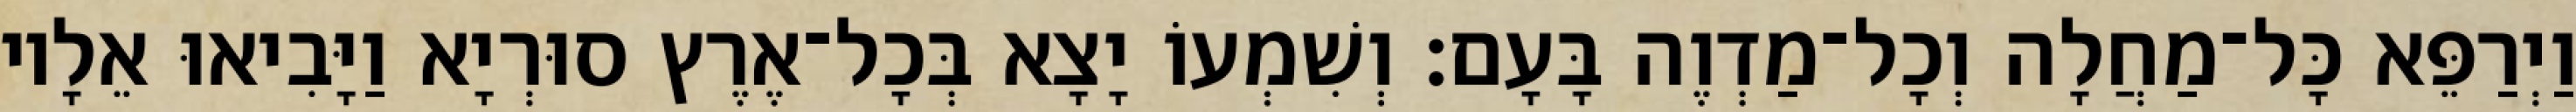
וַיְרַפֵּא כָּל־מַחֲלָה וְכָל־מַדְוֶה בָּעָם׃ וְשִׁמְעוֹ יָצָא בְּכָל־אֶרֶץ סוּרְיָא וַיָּבִיאוּ אֵלָיו